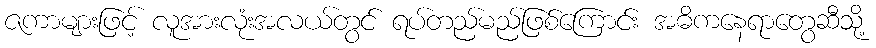
ဇကာများဖြင့် လူအားလုံးအလယ်တွင် ရပ်တည်မည်ဖြစ်ကြောင်း အဓိကနေရာတွေဆီသို့